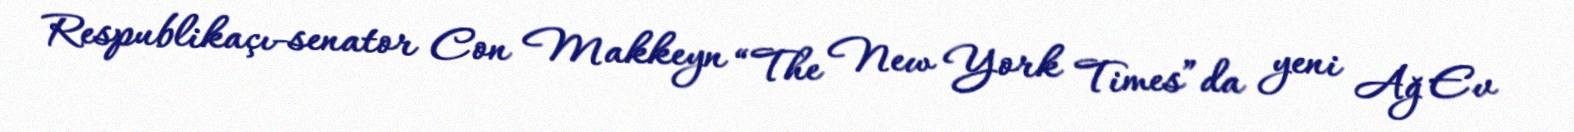
Respublikaçı-senator Con Makkeyn “The New York Times”da yeni Ağ Ev